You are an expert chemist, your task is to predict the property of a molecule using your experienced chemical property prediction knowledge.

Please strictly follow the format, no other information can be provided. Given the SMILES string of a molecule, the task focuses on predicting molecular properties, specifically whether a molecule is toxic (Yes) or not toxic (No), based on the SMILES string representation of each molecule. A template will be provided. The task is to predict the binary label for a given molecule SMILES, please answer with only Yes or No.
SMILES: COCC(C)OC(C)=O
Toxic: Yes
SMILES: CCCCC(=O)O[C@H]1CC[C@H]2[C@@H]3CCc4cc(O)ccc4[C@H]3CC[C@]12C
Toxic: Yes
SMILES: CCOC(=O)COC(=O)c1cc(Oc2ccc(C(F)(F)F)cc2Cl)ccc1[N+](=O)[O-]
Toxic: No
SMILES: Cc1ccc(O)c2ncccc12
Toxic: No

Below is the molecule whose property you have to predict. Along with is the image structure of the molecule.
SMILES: CC(=O)C=Cc1ccco1
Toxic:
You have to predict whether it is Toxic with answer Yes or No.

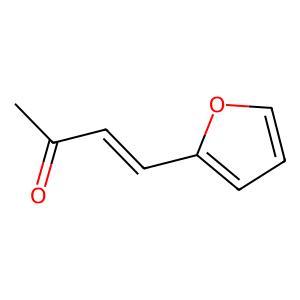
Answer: No